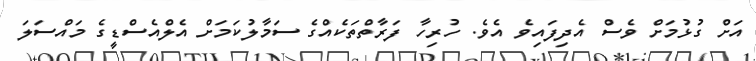
އަށް ގުޅުމަށް ވެސް އެދިފައިވެ އެވެ. ހުރިހާ ފަރާތްތަކެއްގެ ސަމާލުކަމަށް އެލްއެސްޑީގެ މައްސަލަ